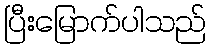
ပြီးမြောက်ပါသည်